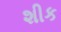
શીક